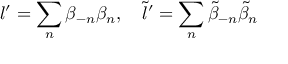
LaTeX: l ^ { \prime } = \sum _ { n } \beta _ { - n } \beta _ { n } , \quad \tilde { l } ^ { \prime } = \sum _ { n } \tilde { \beta } _ { - n } \tilde { \beta } _ { n }